Annual report of the Imperial Bacteriological Laboratory, Muktesar
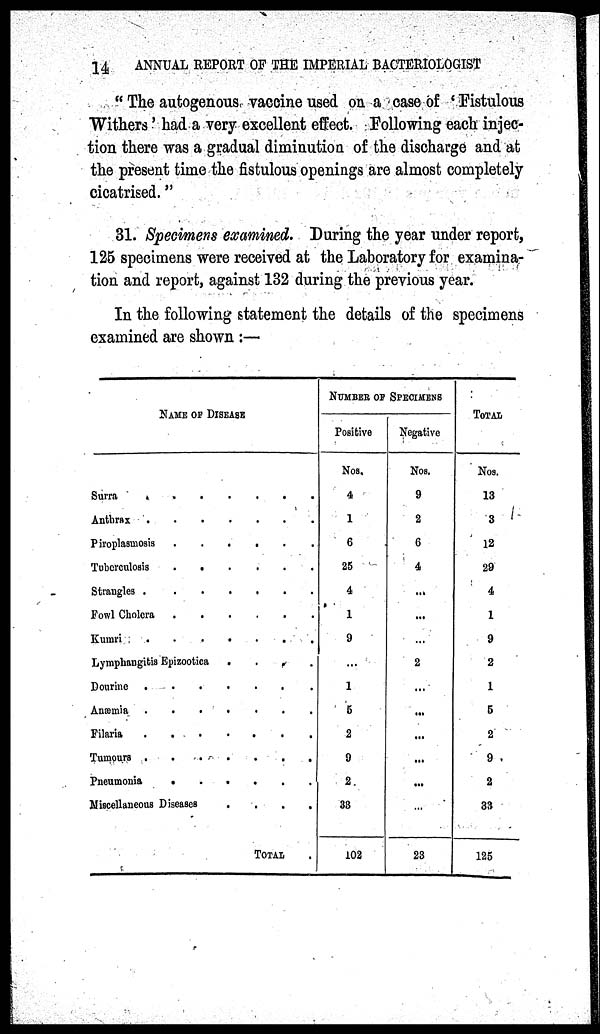
14
ANNUAL REPORT OF THE IMPERIAL BACTERIOLOGIST
" The autogenous vaccine used on a case of 'Fistulous
Withers' had a very excellent effect. Following each injec-
tion there was a gradual diminution of the discharge and at
the present time the fistulous openings are almost completely
cicatrised."
31. Specimens examined. During the year under report,
125 specimens were received at the Laboratory for examina-
tion and report, against 132 during the previous year.
In the following statement the details of the specimens
examined are shown :—
NAME OF DISEASE
Surra
Anthrax
Piroplasmosis
Tuberculosis
Strangles
Fowl Cholera
Kumri
.
.
.
.
.
.
.
.
.
.
.
.
.
.
Lymphangitis Epizootica
Dourine
Anæmia
Filaria
Tumours
Pneumonia
.
.
.
.
.
.
.
.
.
.
Miscellaneous Diseases
.
.
.
.
.
.
.
.
.
.
.
.
.
.
.
.
.
.
.
.
.
.
.
.
.
.
.
.
.
.
.
.
.
.
.
.
.
.
.
.
.
.
TOTAL
.
.
.
.
.
.
.
.
.
.
.
.
.
.
.
NUMBER OF SPECIMENS
Positive
Nos.
4
1
6
25
4
1
9
...
1
5
2
9
2
33
102
Negative
Nos.
9
2
6
4
...
...
...
2
...
...
...
...
...
...
23
TOTAL
Nos.
13
3
12
29
4
1
9
2
1
5
2
9
2
33
125